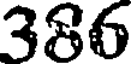
386